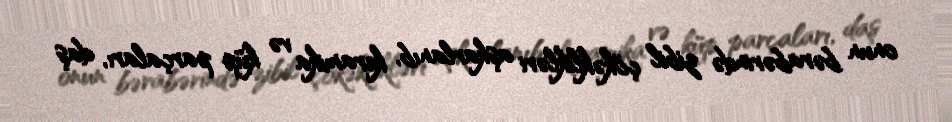
onun bərabərində zibil çökəklikləri aşkarlanıb, keramika və küp parçaları, daş